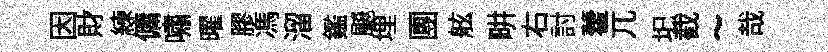
因財練傭嘯曜膠馮溜鑑飇埋團舷畊右討藿兀圯截~哉